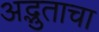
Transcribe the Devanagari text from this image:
अद्भुताचा